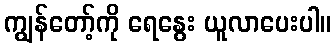
ကျွန်တော့်ကို ရေနွေး ယူလာပေးပါ။